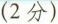
(2分)